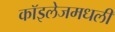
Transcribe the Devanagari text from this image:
कॉइलेजमधली